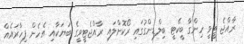
ރާއްޖެ ޓީވީ ހިންގާ ބީކޭޓީ ބިލްޑިންގުގައި ރޯކޮށްލައި ރާއްޖެޓީވީގެ ބަޔަކާއި އެހެން ފިހާރައެއް